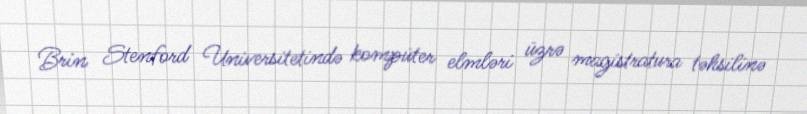
Brin Stenford Universitetində kompüter elmləri üzrə magistratura təhsilinə